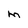
Character: M